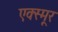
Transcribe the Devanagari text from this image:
एक्स्मूर